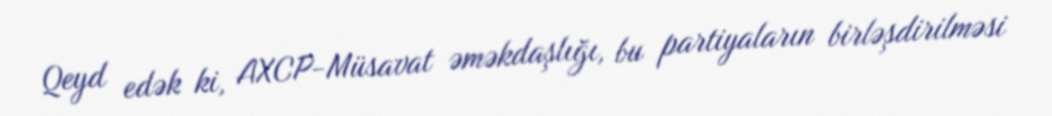
Qeyd edək ki, AXCP-Müsavat əməkdaşlığı, bu partiyaların birləşdirilməsi